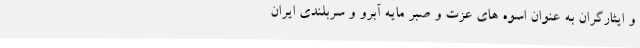
و ایثارگران به عنوان اسوه های عزت و صبر مایه آبرو و سربلندی ایران